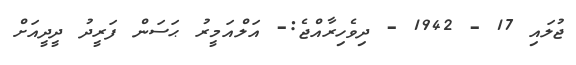
ޖުލައި 17 - 1942 - ދިވެހިރާއްޖެ:- އަލްއަމީރު ޙަސަން ފަރީދު ދީދީއަށް